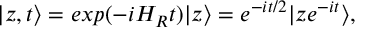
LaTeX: | z , t \rangle = e x p ( - i H _ { R } t ) | z \rangle = e ^ { - i t / 2 } | z e ^ { - i t } \rangle ,